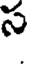
స